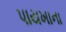
પાયખાના